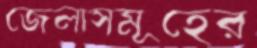
জেলাসমূহের